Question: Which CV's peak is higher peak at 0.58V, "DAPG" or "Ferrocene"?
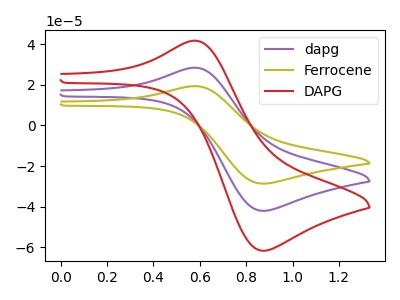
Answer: <think>The purple curve "dapg" has an anodic peak at (0.60V, 28.50uA) and a cathodic peak at (0.85V, -42.10uA). The olive curve "Ferrocene" has an anodic peak at (0.60V, 19.40uA) and a cathodic peak at (0.85V, -28.70uA). The red curve "DAPG" has an anodic peak at (0.60V, 57.00uA) and a cathodic peak at (0.85V, -84.20uA).</think>
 <answer>The peak at 0.58V is higher in "DAPG" than in "Ferrocene".</answer>
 <eval>higher</eval>